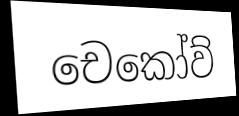
චෙකෝව්